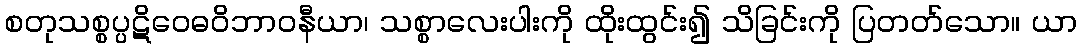
စတုသစ္စပ္ပဋိဝေဓဝိဘာဝနီယာ၊ သစ္စာလေးပါးကို ထိုးထွင်း၍ သိခြင်းကို ပြတတ်သော။ ယာ